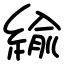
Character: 緰